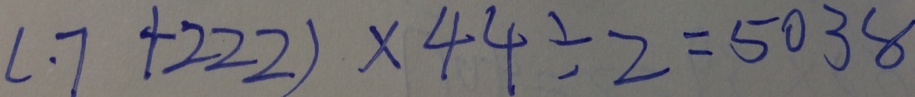
( \cdot 7 + 2 2 2 ) \times 4 4 \div 2 = 5 0 3 8